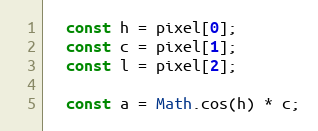
Language: JavaScript
  const h = pixel[0];
  const c = pixel[1];
  const l = pixel[2];

  const a = Math.cos(h) * c;